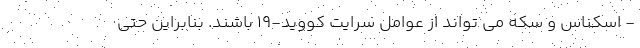
- اسکناس و سکه می تواند از عوامل سرایت کووید-۱۹ باشند. بنابراین حتی